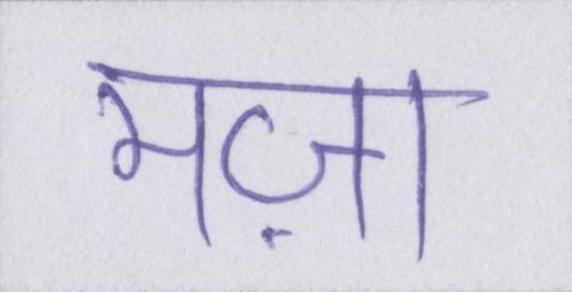
मज़ा